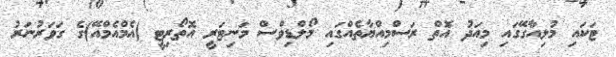
ޓަކައި މުލިއާގޭގައި މިއަދު އޮތް ރަސްމިއްޔާތެއްގައި މޯލްޑިވްސް މަނިޓަރީ އޮތޯރިޓީ (އެމްއެމްއޭ)ގެ ގަވަރުނަރު